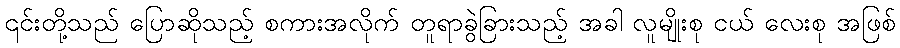
၎င်းတို့သည် ပြောဆိုသည့် စကားအလိုက် တူရာခွဲခြားသည့် အခါ လူမျိုးစု ငယ် လေးစု အဖြစ်